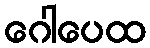
ဂေါပေထ